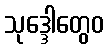
သုဒ္ဒေါတွေဝ